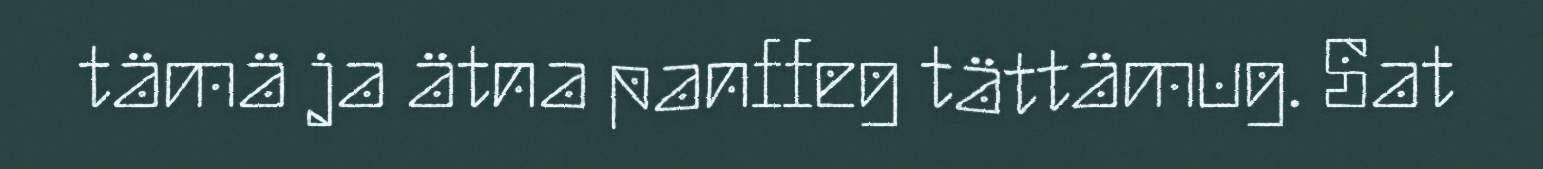
tämä ja ätna panffeg tättämug. Sat